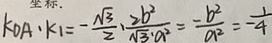
k _ { 0 A \cdot } k _ { 1 } = - \frac { \sqrt { 3 } } { 2 } \cdot \frac { 2 b ^ { 2 } } { \sqrt { 3 } \cdot a ^ { 2 } } = \frac { - b ^ { 2 } } { a ^ { 2 } } = - \frac { 1 } { 4 }